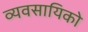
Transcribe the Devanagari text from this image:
व्यवसायिको